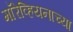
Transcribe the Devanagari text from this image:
मॉरेव्हियनाच्या